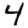
Digit: 4